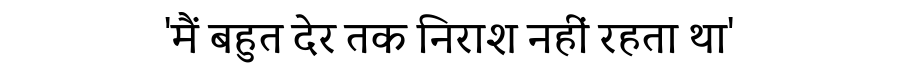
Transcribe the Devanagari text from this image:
'मैं बहुत देर तक निराश नहीं रहता था'